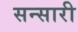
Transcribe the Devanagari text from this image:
सन्सारी